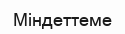
Міндеттеме